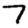
Digit: 7